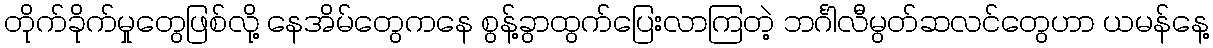
တိုက်ခိုက်မှုတွေဖြစ်လို့ နေအိမ်တွေကနေ စွန့်ခွာထွက်ပြေးလာကြတဲ့ ဘင်္ဂါလီမွတ်ဆလင်တွေဟာ ယမန်နေ့